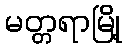
မတ္တရာမြို့